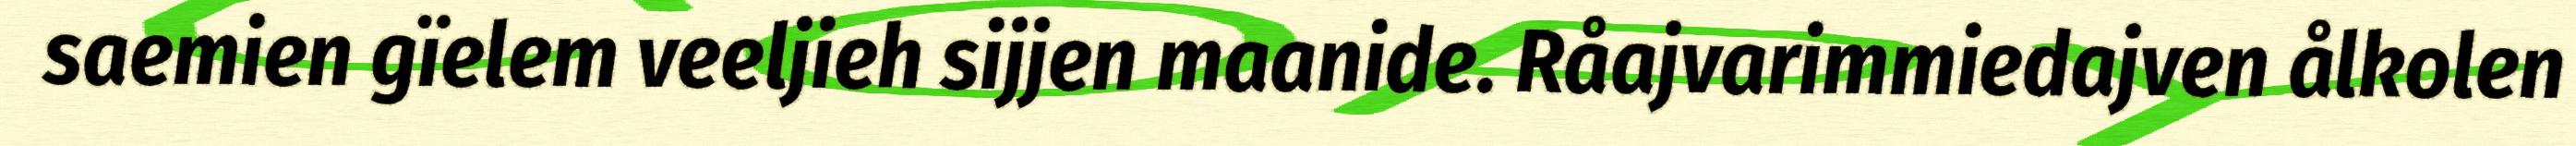
saemien gïelem veeljieh sijjen maanide. Råajvarimmiedajven ålkolen